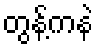
တွန့်ကနဲ